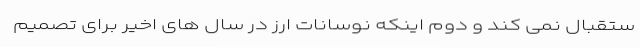
ستقبال نمی کند و دوم اینکه نوسانات ارز در سال های اخیر برای تصمیم